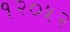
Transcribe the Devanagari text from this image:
१२०५२